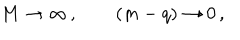
LaTeX: M \rightarrow \infty \, , \qquad ( m - q ) \rightarrow 0 \, ,